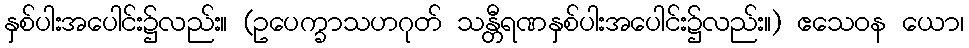
နှစ်ပါးအပေါင်း၌လည်း။ (ဥပေက္ခာသဟဂုတ် သန္တီရဏနှစ်ပါးအပေါင်း၌လည်း။) ဧသေဝန ယော၊